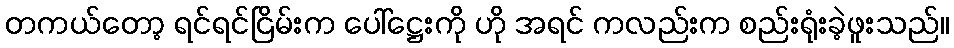
တကယ်တော့ ရင်ရင်ငြိမ်းက ပေါ်ဋ္ဌေးကို ဟို အရင် ကလည်းက စည်းရုံးခဲ့ဖူးသည်။